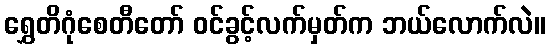
ရွှေတိဂုံစေတီတော် ဝင်ခွင့်လက်မှတ်က ဘယ်လောက်လဲ။